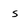
Character: s